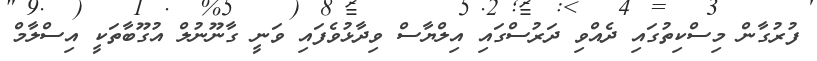
ފުރުގާން މިސްކިތުގައި ދެއްވި ދަރުސްގައި އިލްޔާސް ވިދާޅުވެފައި ވަނީ ގާނޫނުލް އުގޫބާތަކީ އިސްލާމް